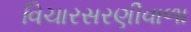
વિચારસરણીવાળા